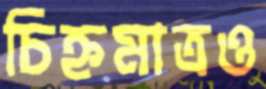
চিহ্নমাত্রও